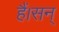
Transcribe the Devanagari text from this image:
हैं।सन्